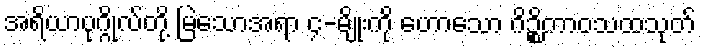
အရိယာပုဂ္ဂိုလ်တို့ မြဲသောအရာ ၄-မျိုးကို ဟောသော ဂိဉ္စိကာဝသထသုတ်